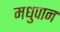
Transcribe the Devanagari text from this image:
मधुपान